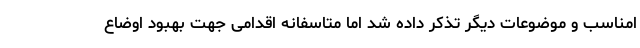
امناسب و موضوعات دیگر تذکر داده شد اما متاسفانه اقدامی جهت بهبود اوضاع